Lunatic asylums Central Provinces reports 1910-1926 - 1910-1926
Year: 1910
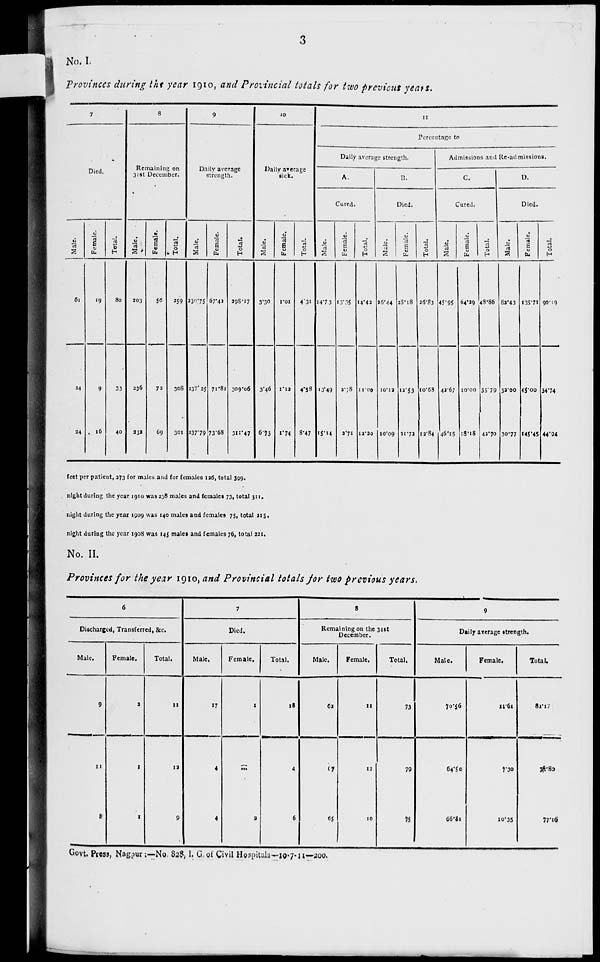
3
No. I.
Provinces during the year 1910, and Provincial totals for two previous years.
7
Died.
Male.
61
24
24
Female.
19
9
16
Total.
80
33
40
8
Remaining on
31st December.
Male.
203
236
232
Female.
56
72
69
Total.
259
308
301
9
Daily average
strength.
Male.
230.75
237.25
237.79
Female.
67.42
71.81
73.68
Total.
298.17
309.06
311.47
10
Daily average
sick.
Male.
3.30
3.46
6.73
Female.
1.01
1.12
1.74
Total.
4.31
4.58
8.47
11
Percentage to
Daily average strength.
A.
Cured.
Male.
14.7 3
13.49
15.14
Female.
13.35
2.78
2.71
Total.
14.42
11.00
12.20
B.
Died.
Male.
26.44
10.12
10.09
Female.
28.18
12.53
31.72
Total.
26.83
10.68
12.84
Admissions and Re-admissions.
C.
Cured.
Male.
45.95
42.67
46.15
Female.
64.29
10.00
18.18
Total.
48.86
35.79
42.70
D.
Died.
Male.
82.43
32.00
30.77
Female.
135.71
45.00
145.45
Total.
90.19
34.74
44.94
feet per patient, 273 for males and for females 126, total 399.
night during the year 1910 was 238 males and females 73, total 311.
night during the year 1909 was 140 males and females 75, total 215.
night during the year 1908 was 145 males and females 76, total 221,
No. II.
Provinces for the year 1910, and Provincial totals for two previous years.
6
Discharged, Transferred, &c.
Male.
9
11
8
Female.
3
1
1
Total.
11
12
9
7
Died.
Male.
17
4
4
Female.
1
...
2
Total.
18
4
6
8
Remaining on the 31st
December.
Male.
62
67
65
Female.
11
12
10
Total.
73
79
75
9
Daily average strength.
Male.
70.56
64.50
66.81
Female.
11.61
7.30
10.35
Total.
82.17
71.80
77.16
Govt. Press, Nagpur:—No. 828,I. G.of Civil Hospitals—10—7—11— 200.